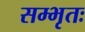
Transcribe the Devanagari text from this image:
सम्भृतः